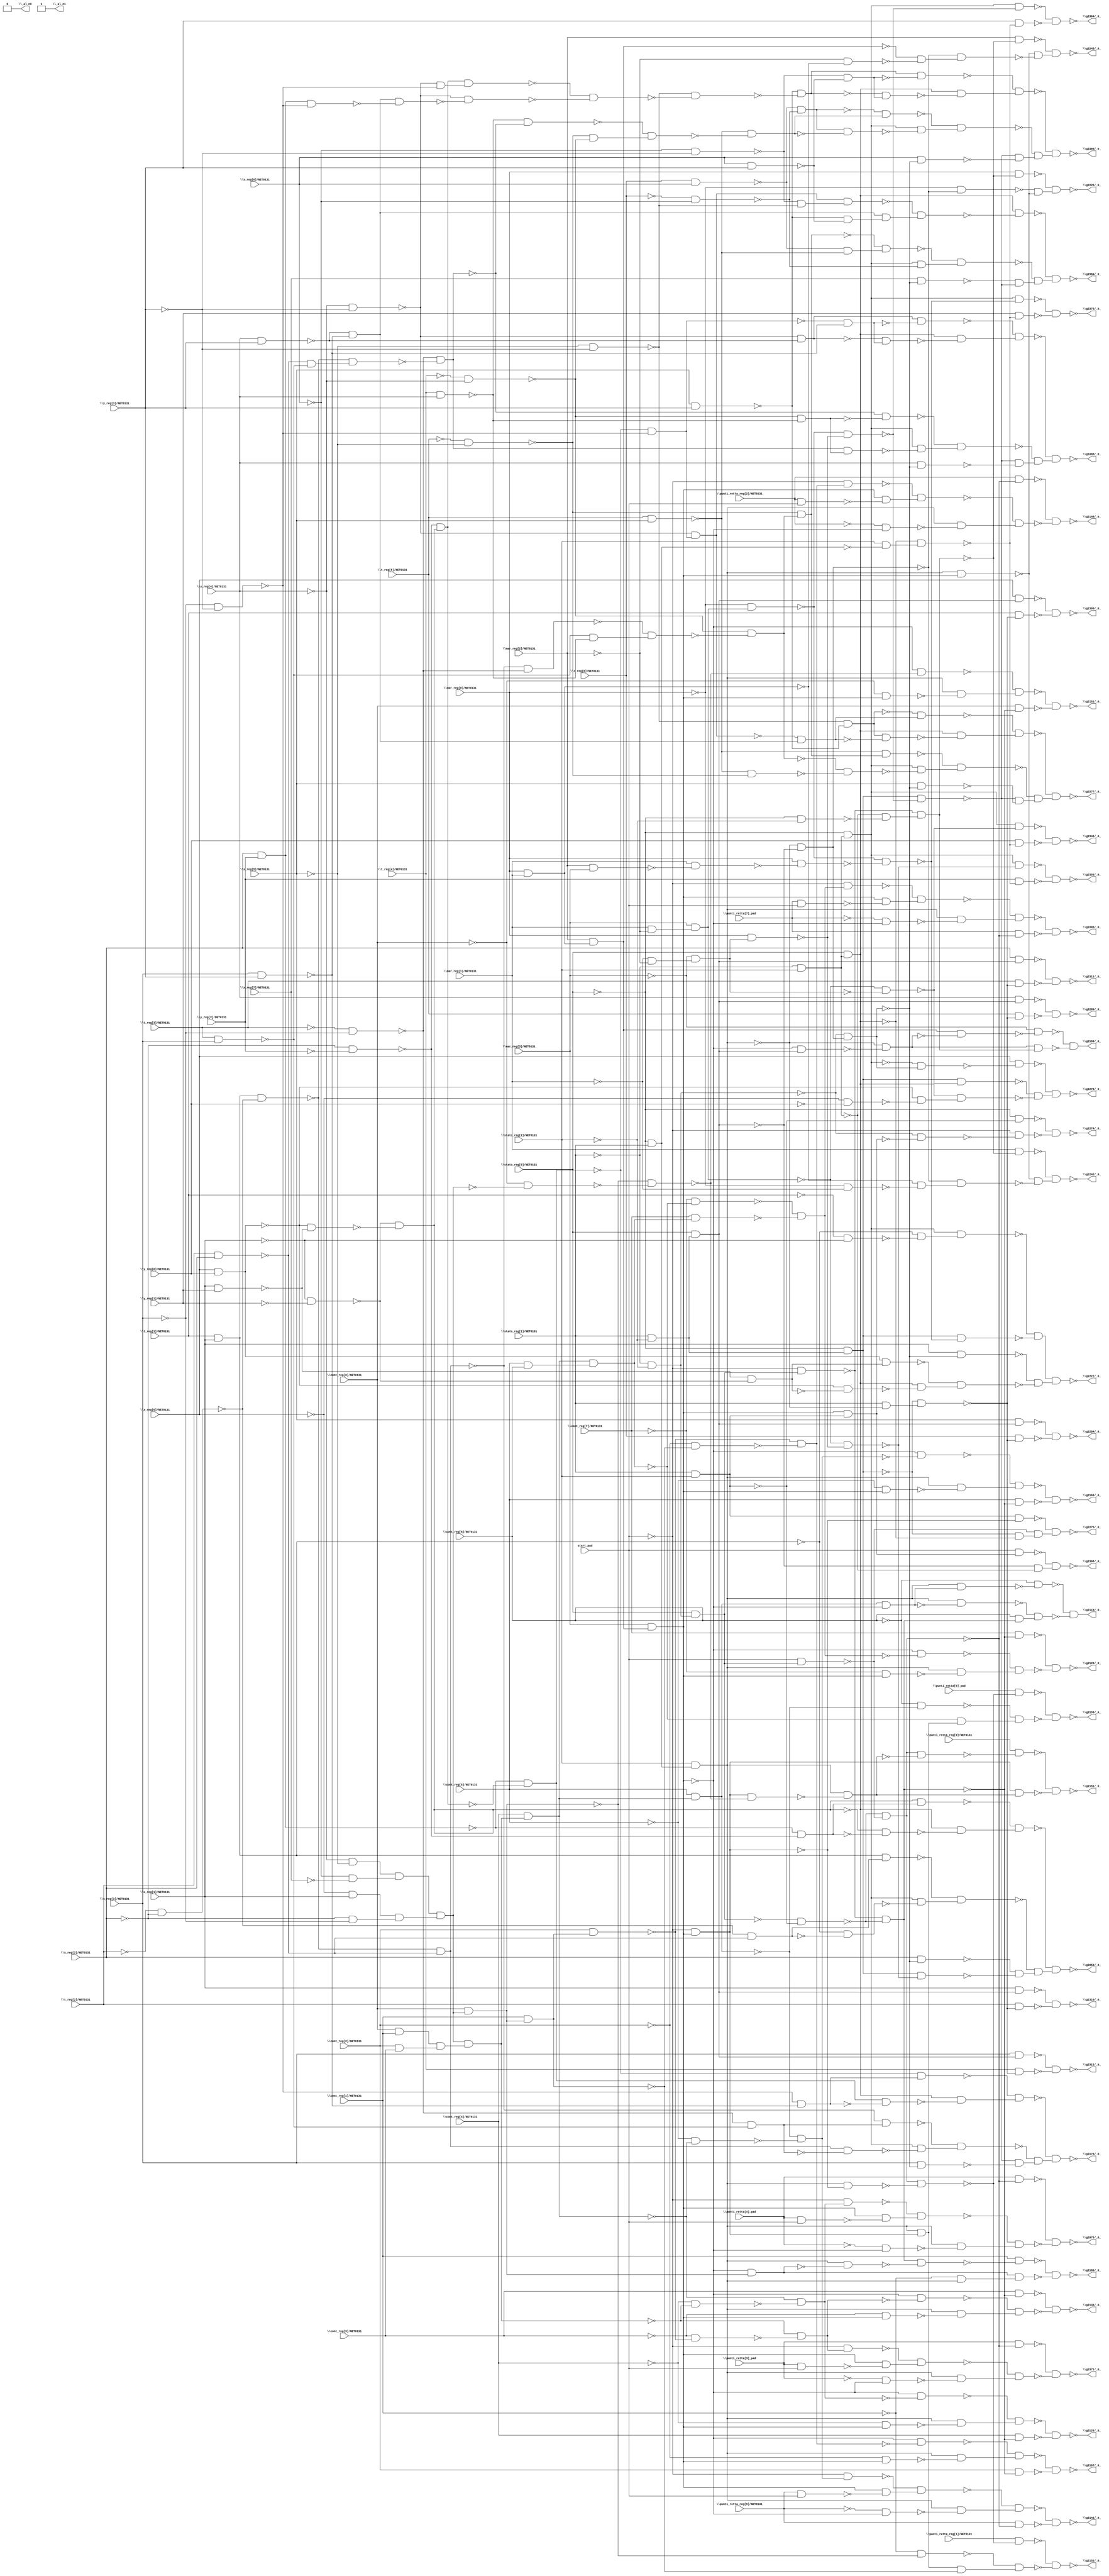
module top( \cont_reg[0]/NET0131  , \cont_reg[1]/NET0131  , \cont_reg[2]/NET0131  , \cont_reg[3]/NET0131  , \cont_reg[4]/NET0131  , \cont_reg[5]/NET0131  , \cont_reg[6]/NET0131  , \cont_reg[7]/NET0131  , \mar_reg[0]/NET0131  , \mar_reg[1]/NET0131  , \mar_reg[2]/NET0131  , \mar_reg[3]/NET0131  , \punti_retta[3]_pad  , \punti_retta[4]_pad  , \punti_retta[6]_pad  , \punti_retta[7]_pad  , \punti_retta_reg[0]/NET0131  , \punti_retta_reg[1]/NET0131  , \punti_retta_reg[2]/NET0131  , \punti_retta_reg[5]/NET0131  , start_pad , \stato_reg[0]/NET0131  , \stato_reg[1]/NET0131  , \stato_reg[2]/NET0131  , \t_reg[1]/NET0131  , \t_reg[2]/NET0131  , \t_reg[3]/NET0131  , \t_reg[4]/NET0131  , \t_reg[5]/NET0131  , \t_reg[6]/NET0131  , \x_reg[0]/NET0131  , \x_reg[1]/NET0131  , \x_reg[2]/NET0131  , \x_reg[3]/NET0131  , \x_reg[4]/NET0131  , \x_reg[5]/NET0131  , \x_reg[6]/NET0131  , \x_reg[7]/NET0131  , \y_reg[0]/NET0131  , \y_reg[1]/NET0131  , \y_reg[2]/NET0131  , \y_reg[3]/NET0131  , \_al_n0  , \_al_n1  , \g2119/_0_  , \g2123/_0_  , \g2129/_0_  , \g2133/_0_  , \g2136/_0_  , \g2140/_0_  , \g2141/_0_  , \g2151/_0_  , \g2152/_0_  , \g2166/_0_  , \g2167/_0_  , \g2180/_0_  , \g2181/_0_  , \g2199/_0_  , \g2225/_0_  , \g2227/_0_  , \g2242/_0_  , \g2243/_0_  , \g2272/_0_  , \g2273/_0_  , \g2274/_0_  , \g2275/_0_  , \g2284/_0_  , \g2289/_0_  , \g2303/_0_  , \g2304/_0_  , \g2308/_0_  , \g2309/_0_  , \g2310/_0_  , \g2311/_0_  , \g2312/_0_  , \g2346/_0_  , \g2973/_0_  , \g2984/_0_  , \g3052/_0_  , \g3176/_0_  , \g3277/_0_  , \g3306/_0_  , \g3366/_0_  , \g3371/_0_  , \g3398/_0_  );
  input \cont_reg[0]/NET0131  ;
  input \cont_reg[1]/NET0131  ;
  input \cont_reg[2]/NET0131  ;
  input \cont_reg[3]/NET0131  ;
  input \cont_reg[4]/NET0131  ;
  input \cont_reg[5]/NET0131  ;
  input \cont_reg[6]/NET0131  ;
  input \cont_reg[7]/NET0131  ;
  input \mar_reg[0]/NET0131  ;
  input \mar_reg[1]/NET0131  ;
  input \mar_reg[2]/NET0131  ;
  input \mar_reg[3]/NET0131  ;
  input \punti_retta[3]_pad  ;
  input \punti_retta[4]_pad  ;
  input \punti_retta[6]_pad  ;
  input \punti_retta[7]_pad  ;
  input \punti_retta_reg[0]/NET0131  ;
  input \punti_retta_reg[1]/NET0131  ;
  input \punti_retta_reg[2]/NET0131  ;
  input \punti_retta_reg[5]/NET0131  ;
  input start_pad ;
  input \stato_reg[0]/NET0131  ;
  input \stato_reg[1]/NET0131  ;
  input \stato_reg[2]/NET0131  ;
  input \t_reg[1]/NET0131  ;
  input \t_reg[2]/NET0131  ;
  input \t_reg[3]/NET0131  ;
  input \t_reg[4]/NET0131  ;
  input \t_reg[5]/NET0131  ;
  input \t_reg[6]/NET0131  ;
  input \x_reg[0]/NET0131  ;
  input \x_reg[1]/NET0131  ;
  input \x_reg[2]/NET0131  ;
  input \x_reg[3]/NET0131  ;
  input \x_reg[4]/NET0131  ;
  input \x_reg[5]/NET0131  ;
  input \x_reg[6]/NET0131  ;
  input \x_reg[7]/NET0131  ;
  input \y_reg[0]/NET0131  ;
  input \y_reg[1]/NET0131  ;
  input \y_reg[2]/NET0131  ;
  input \y_reg[3]/NET0131  ;
  output \_al_n0  ;
  output \_al_n1  ;
  output \g2119/_0_  ;
  output \g2123/_0_  ;
  output \g2129/_0_  ;
  output \g2133/_0_  ;
  output \g2136/_0_  ;
  output \g2140/_0_  ;
  output \g2141/_0_  ;
  output \g2151/_0_  ;
  output \g2152/_0_  ;
  output \g2166/_0_  ;
  output \g2167/_0_  ;
  output \g2180/_0_  ;
  output \g2181/_0_  ;
  output \g2199/_0_  ;
  output \g2225/_0_  ;
  output \g2227/_0_  ;
  output \g2242/_0_  ;
  output \g2243/_0_  ;
  output \g2272/_0_  ;
  output \g2273/_0_  ;
  output \g2274/_0_  ;
  output \g2275/_0_  ;
  output \g2284/_0_  ;
  output \g2289/_0_  ;
  output \g2303/_0_  ;
  output \g2304/_0_  ;
  output \g2308/_0_  ;
  output \g2309/_0_  ;
  output \g2310/_0_  ;
  output \g2311/_0_  ;
  output \g2312/_0_  ;
  output \g2346/_0_  ;
  output \g2973/_0_  ;
  output \g2984/_0_  ;
  output \g3052/_0_  ;
  output \g3176/_0_  ;
  output \g3277/_0_  ;
  output \g3306/_0_  ;
  output \g3366/_0_  ;
  output \g3371/_0_  ;
  output \g3398/_0_  ;
  wire n43 , n44 , n45 , n46 , n47 , n48 , n49 , n50 , n51 , n52 , n53 , n54 , n55 , n56 , n57 , n58 , n59 , n60 , n61 , n62 , n63 , n64 , n65 , n66 , n67 , n68 , n69 , n70 , n71 , n72 , n73 , n74 , n75 , n76 , n77 , n78 , n79 , n80 , n81 , n82 , n83 , n84 , n85 , n86 , n87 , n88 , n89 , n90 , n91 , n92 , n93 , n94 , n95 , n96 , n97 , n98 , n99 , n100 , n101 , n102 , n103 , n104 , n105 , n106 , n107 , n108 , n109 , n110 , n111 , n112 , n113 , n114 , n115 , n116 , n117 , n118 , n119 , n120 , n121 , n122 , n123 , n124 , n125 , n126 , n127 , n128 , n129 , n130 , n131 , n132 , n133 , n134 , n135 , n136 , n137 , n138 , n139 , n140 , n141 , n142 , n143 , n144 , n145 , n146 , n147 , n148 , n149 , n150 , n151 , n152 , n153 , n154 , n155 , n156 , n157 , n158 , n159 , n160 , n161 , n162 , n163 , n164 , n165 , n166 , n167 , n168 , n169 , n170 , n171 , n172 , n173 , n174 , n175 , n176 , n177 , n178 , n179 , n180 , n181 , n182 , n183 , n184 , n185 , n186 , n187 , n188 , n189 , n190 , n191 , n192 , n193 , n194 , n195 , n196 , n197 , n198 , n199 , n200 , n201 , n202 , n203 , n204 , n205 , n206 , n207 , n208 , n209 , n210 , n211 , n212 , n213 , n214 , n215 , n216 , n217 , n218 , n219 , n220 , n221 , n222 , n223 , n224 , n225 , n226 , n227 , n228 , n229 , n230 , n231 , n232 , n233 , n234 , n235 , n236 , n237 , n238 , n239 , n240 , n241 , n242 , n243 , n244 , n245 , n246 , n247 , n248 , n249 , n250 , n251 , n252 , n253 , n254 , n255 , n256 , n257 , n258 , n259 , n260 , n261 , n262 , n263 , n264 , n265 , n266 , n267 , n268 , n269 , n270 , n271 , n272 , n273 , n274 , n275 , n276 , n277 , n278 , n279 , n280 , n281 , n282 , n283 , n284 , n285 , n286 , n287 , n288 , n289 , n290 , n291 , n292 , n293 , n294 , n295 , n296 , n297 , n298 , n299 , n300 , n301 , n302 , n303 , n304 , n305 , n306 , n307 , n308 , n309 , n310 , n311 , n312 , n313 , n314 , n315 , n316 , n317 , n318 , n319 , n320 , n321 , n322 , n323 , n324 , n325 , n326 , n327 , n328 , n329 , n330 , n331 , n332 , n333 , n334 , n335 , n336 , n337 , n338 , n339 , n340 , n341 , n342 , n343 , n344 , n345 , n346 , n347 , n348 , n349 , n350 , n351 , n352 , n353 , n354 , n355 , n356 , n357 , n358 , n359 , n360 , n361 , n362 , n363 , n364 , n365 , n366 , n367 , n368 , n369 , n370 , n371 , n372 , n373 , n374 , n375 , n376 , n377 , n378 , n379 , n380 , n381 , n382 , n383 , n384 , n385 , n386 , n387 , n388 , n389 , n390 , n391 , n392 , n393 , n394 , n395 , n396 , n397 , n398 , n399 , n400 , n401 , n402 , n403 , n404 , n405 , n406 , n407 , n408 , n409 , n410 , n411 , n412 , n413 , n414 , n415 , n416 , n417 , n418 , n419 , n420 , n421 , n422 , n423 , n424 , n425 , n426 , n427 , n428 , n429 , n430 , n431 , n432 , n433 , n434 , n435 , n436 , n437 , n438 , n439 , n440 , n441 , n442 , n443 , n444 , n445 , n446 , n447 , n448 , n449 , n450 , n451 , n452 , n453 , n454 , n455 , n456 ;
  assign n43 = ~\stato_reg[0]/NET0131  & \stato_reg[1]/NET0131  ;
  assign n44 = \stato_reg[2]/NET0131  & n43 ;
  assign n47 = ~\x_reg[4]/NET0131  & ~\x_reg[5]/NET0131  ;
  assign n48 = ~\x_reg[6]/NET0131  & ~\x_reg[7]/NET0131  ;
  assign n49 = n47 & n48 ;
  assign n45 = ~\x_reg[0]/NET0131  & \x_reg[1]/NET0131  ;
  assign n46 = ~\x_reg[2]/NET0131  & ~\x_reg[3]/NET0131  ;
  assign n50 = n45 & n46 ;
  assign n51 = n49 & n50 ;
  assign n52 = \cont_reg[0]/NET0131  & \cont_reg[1]/NET0131  ;
  assign n53 = \cont_reg[2]/NET0131  & \cont_reg[3]/NET0131  ;
  assign n54 = n52 & n53 ;
  assign n55 = n51 & n54 ;
  assign n56 = \cont_reg[4]/NET0131  & n55 ;
  assign n57 = \cont_reg[5]/NET0131  & n56 ;
  assign n58 = \mar_reg[0]/NET0131  & \mar_reg[1]/NET0131  ;
  assign n59 = \mar_reg[2]/NET0131  & n58 ;
  assign n60 = \mar_reg[3]/NET0131  & n59 ;
  assign n61 = n57 & ~n60 ;
  assign n62 = n44 & n61 ;
  assign n63 = ~\cont_reg[6]/NET0131  & ~n62 ;
  assign n64 = n44 & ~n61 ;
  assign n65 = ~\stato_reg[1]/NET0131  & ~\stato_reg[2]/NET0131  ;
  assign n66 = \stato_reg[0]/NET0131  & n65 ;
  assign n67 = ~start_pad & n66 ;
  assign n68 = \stato_reg[1]/NET0131  & \stato_reg[2]/NET0131  ;
  assign n69 = ~n66 & ~n68 ;
  assign n70 = ~n67 & ~n69 ;
  assign n71 = \cont_reg[6]/NET0131  & n70 ;
  assign n72 = ~n64 & n71 ;
  assign n73 = ~n63 & ~n72 ;
  assign n74 = ~\cont_reg[4]/NET0131  & ~n55 ;
  assign n75 = ~n56 & ~n74 ;
  assign n76 = ~n60 & ~n75 ;
  assign n77 = ~\cont_reg[4]/NET0131  & n60 ;
  assign n78 = n44 & ~n77 ;
  assign n79 = ~n76 & n78 ;
  assign n80 = \cont_reg[4]/NET0131  & ~n70 ;
  assign n81 = ~n79 & ~n80 ;
  assign n82 = \cont_reg[7]/NET0131  & ~n70 ;
  assign n84 = \cont_reg[5]/NET0131  & \cont_reg[6]/NET0131  ;
  assign n85 = n56 & n84 ;
  assign n86 = ~\cont_reg[7]/NET0131  & ~n85 ;
  assign n87 = \cont_reg[7]/NET0131  & n85 ;
  assign n88 = ~n86 & ~n87 ;
  assign n89 = ~n60 & ~n88 ;
  assign n83 = ~\cont_reg[7]/NET0131  & n60 ;
  assign n90 = n44 & ~n83 ;
  assign n91 = ~n89 & n90 ;
  assign n92 = ~n82 & ~n91 ;
  assign n93 = start_pad & n66 ;
  assign n94 = ~n69 & ~n93 ;
  assign n95 = ~start_pad & n60 ;
  assign n96 = n44 & ~n95 ;
  assign n97 = n94 & ~n96 ;
  assign n98 = \punti_retta[6]_pad  & ~n97 ;
  assign n99 = ~\cont_reg[6]/NET0131  & ~n57 ;
  assign n100 = n44 & n95 ;
  assign n101 = ~n85 & n100 ;
  assign n102 = ~n99 & n101 ;
  assign n103 = ~n98 & ~n102 ;
  assign n104 = \cont_reg[3]/NET0131  & ~n70 ;
  assign n106 = \cont_reg[0]/NET0131  & n51 ;
  assign n107 = \cont_reg[1]/NET0131  & n106 ;
  assign n108 = \cont_reg[2]/NET0131  & n107 ;
  assign n109 = ~\cont_reg[3]/NET0131  & ~n108 ;
  assign n110 = ~n55 & ~n109 ;
  assign n111 = ~n60 & ~n110 ;
  assign n105 = ~\cont_reg[3]/NET0131  & n60 ;
  assign n112 = n44 & ~n105 ;
  assign n113 = ~n111 & n112 ;
  assign n114 = ~n104 & ~n113 ;
  assign n115 = \punti_retta_reg[2]/NET0131  & ~n94 ;
  assign n118 = ~\cont_reg[2]/NET0131  & ~n107 ;
  assign n119 = ~n108 & ~n118 ;
  assign n120 = ~start_pad & n119 ;
  assign n117 = \punti_retta_reg[2]/NET0131  & start_pad ;
  assign n121 = n60 & ~n117 ;
  assign n122 = ~n120 & n121 ;
  assign n116 = ~\punti_retta_reg[2]/NET0131  & ~n60 ;
  assign n123 = n44 & ~n116 ;
  assign n124 = ~n122 & n123 ;
  assign n125 = ~n115 & ~n124 ;
  assign n128 = ~\cont_reg[5]/NET0131  & ~n56 ;
  assign n129 = ~n57 & ~n128 ;
  assign n130 = ~start_pad & n129 ;
  assign n127 = \punti_retta_reg[5]/NET0131  & start_pad ;
  assign n131 = n60 & ~n127 ;
  assign n132 = ~n130 & n131 ;
  assign n126 = ~\punti_retta_reg[5]/NET0131  & ~n60 ;
  assign n133 = n44 & ~n126 ;
  assign n134 = ~n132 & n133 ;
  assign n135 = \punti_retta_reg[5]/NET0131  & ~n94 ;
  assign n136 = ~n134 & ~n135 ;
  assign n137 = ~\cont_reg[0]/NET0131  & ~n51 ;
  assign n138 = ~n106 & ~n137 ;
  assign n139 = n95 & ~n138 ;
  assign n140 = n44 & ~n139 ;
  assign n141 = n94 & ~n140 ;
  assign n142 = \punti_retta_reg[0]/NET0131  & ~n141 ;
  assign n143 = n95 & n140 ;
  assign n144 = ~n142 & ~n143 ;
  assign n145 = \punti_retta_reg[1]/NET0131  & ~n97 ;
  assign n146 = ~\cont_reg[1]/NET0131  & ~n106 ;
  assign n147 = n100 & ~n107 ;
  assign n148 = ~n146 & n147 ;
  assign n149 = ~n145 & ~n148 ;
  assign n150 = ~n60 & ~n129 ;
  assign n151 = ~\cont_reg[5]/NET0131  & n60 ;
  assign n152 = n44 & ~n151 ;
  assign n153 = ~n150 & n152 ;
  assign n154 = \cont_reg[5]/NET0131  & ~n70 ;
  assign n155 = ~n153 & ~n154 ;
  assign n156 = ~n60 & ~n119 ;
  assign n157 = ~\cont_reg[2]/NET0131  & n60 ;
  assign n158 = n44 & ~n157 ;
  assign n159 = ~n156 & n158 ;
  assign n160 = \cont_reg[2]/NET0131  & ~n70 ;
  assign n161 = ~n159 & ~n160 ;
  assign n162 = ~n60 & n106 ;
  assign n163 = n44 & ~n162 ;
  assign n164 = n70 & ~n163 ;
  assign n165 = \cont_reg[1]/NET0131  & ~n164 ;
  assign n166 = ~\cont_reg[1]/NET0131  & n44 ;
  assign n167 = n162 & n166 ;
  assign n168 = ~n165 & ~n167 ;
  assign n169 = ~n60 & ~n138 ;
  assign n170 = ~\cont_reg[0]/NET0131  & n60 ;
  assign n171 = n44 & ~n170 ;
  assign n172 = ~n169 & n171 ;
  assign n173 = \cont_reg[0]/NET0131  & ~n70 ;
  assign n174 = ~n172 & ~n173 ;
  assign n175 = \stato_reg[1]/NET0131  & ~\stato_reg[2]/NET0131  ;
  assign n176 = \stato_reg[0]/NET0131  & n175 ;
  assign n177 = ~n60 & n176 ;
  assign n178 = ~n44 & ~n177 ;
  assign n179 = n59 & ~n178 ;
  assign n180 = ~\mar_reg[3]/NET0131  & ~n179 ;
  assign n181 = ~\stato_reg[1]/NET0131  & \stato_reg[2]/NET0131  ;
  assign n182 = ~\stato_reg[0]/NET0131  & ~\stato_reg[2]/NET0131  ;
  assign n183 = ~n181 & ~n182 ;
  assign n184 = ~n67 & n183 ;
  assign n185 = n178 & n184 ;
  assign n186 = ~n180 & ~n185 ;
  assign n190 = \mar_reg[0]/NET0131  & ~n184 ;
  assign n187 = ~n44 & ~n176 ;
  assign n188 = ~\mar_reg[0]/NET0131  & ~n187 ;
  assign n189 = n44 & n60 ;
  assign n191 = ~n188 & ~n189 ;
  assign n192 = ~n190 & n191 ;
  assign n193 = ~\stato_reg[0]/NET0131  & n181 ;
  assign n194 = \t_reg[1]/NET0131  & \x_reg[1]/NET0131  ;
  assign n195 = ~\t_reg[1]/NET0131  & ~\x_reg[1]/NET0131  ;
  assign n196 = ~n194 & ~n195 ;
  assign n197 = n193 & n196 ;
  assign n198 = ~\stato_reg[0]/NET0131  & n175 ;
  assign n199 = \mar_reg[1]/NET0131  & ~\mar_reg[2]/NET0131  ;
  assign n200 = \mar_reg[3]/NET0131  & n199 ;
  assign n201 = ~\mar_reg[0]/NET0131  & n200 ;
  assign n202 = \mar_reg[2]/NET0131  & \mar_reg[3]/NET0131  ;
  assign n203 = \mar_reg[1]/NET0131  & ~n202 ;
  assign n204 = \mar_reg[0]/NET0131  & ~n203 ;
  assign n205 = ~n201 & ~n204 ;
  assign n206 = n198 & ~n205 ;
  assign n218 = ~n197 & ~n206 ;
  assign n207 = ~n65 & n187 ;
  assign n208 = \x_reg[1]/NET0131  & ~n207 ;
  assign n210 = \x_reg[0]/NET0131  & \y_reg[0]/NET0131  ;
  assign n211 = \x_reg[1]/NET0131  & \y_reg[1]/NET0131  ;
  assign n212 = ~\x_reg[1]/NET0131  & ~\y_reg[1]/NET0131  ;
  assign n213 = ~n211 & ~n212 ;
  assign n215 = n210 & n213 ;
  assign n209 = \stato_reg[0]/NET0131  & n181 ;
  assign n214 = ~n210 & ~n213 ;
  assign n216 = n209 & ~n214 ;
  assign n217 = ~n215 & n216 ;
  assign n219 = ~n208 & ~n217 ;
  assign n220 = n218 & n219 ;
  assign n224 = \mar_reg[1]/NET0131  & ~n184 ;
  assign n221 = ~\mar_reg[0]/NET0131  & ~\mar_reg[1]/NET0131  ;
  assign n222 = ~n58 & ~n221 ;
  assign n223 = ~n187 & n222 ;
  assign n225 = ~n189 & ~n223 ;
  assign n226 = ~n224 & n225 ;
  assign n230 = \mar_reg[2]/NET0131  & ~n184 ;
  assign n227 = ~\mar_reg[2]/NET0131  & ~n58 ;
  assign n228 = ~n59 & ~n227 ;
  assign n229 = ~n187 & n228 ;
  assign n231 = ~n189 & ~n229 ;
  assign n232 = ~n230 & n231 ;
  assign n237 = ~n193 & n207 ;
  assign n238 = \x_reg[0]/NET0131  & ~n237 ;
  assign n233 = ~\mar_reg[1]/NET0131  & ~\mar_reg[2]/NET0131  ;
  assign n234 = ~\mar_reg[3]/NET0131  & n233 ;
  assign n235 = ~n200 & ~n234 ;
  assign n236 = n198 & ~n235 ;
  assign n239 = ~\x_reg[0]/NET0131  & ~\y_reg[0]/NET0131  ;
  assign n240 = ~n210 & ~n239 ;
  assign n241 = n209 & n240 ;
  assign n242 = ~n236 & ~n241 ;
  assign n243 = ~n238 & n242 ;
  assign n244 = n193 & ~n205 ;
  assign n245 = \stato_reg[2]/NET0131  & ~n43 ;
  assign n246 = ~n209 & n245 ;
  assign n247 = \y_reg[1]/NET0131  & ~n246 ;
  assign n248 = ~n244 & ~n247 ;
  assign n249 = ~\stato_reg[0]/NET0131  & ~n68 ;
  assign n250 = n60 & n68 ;
  assign n251 = ~n65 & ~n250 ;
  assign n252 = ~start_pad & ~n251 ;
  assign n253 = ~n249 & ~n252 ;
  assign n254 = n68 & ~n95 ;
  assign n255 = ~n198 & ~n209 ;
  assign n256 = ~n93 & n255 ;
  assign n257 = ~n254 & n256 ;
  assign n258 = \x_reg[5]/NET0131  & n176 ;
  assign n259 = \stato_reg[1]/NET0131  & ~n44 ;
  assign n260 = ~n198 & n259 ;
  assign n261 = \t_reg[6]/NET0131  & ~n260 ;
  assign n262 = ~n258 & ~n261 ;
  assign n263 = \x_reg[4]/NET0131  & n176 ;
  assign n264 = \t_reg[5]/NET0131  & ~n260 ;
  assign n265 = ~n263 & ~n264 ;
  assign n266 = \mar_reg[0]/NET0131  & n234 ;
  assign n267 = ~n200 & ~n266 ;
  assign n268 = n193 & ~n267 ;
  assign n269 = \y_reg[2]/NET0131  & ~n246 ;
  assign n270 = ~n268 & ~n269 ;
  assign n271 = ~n201 & ~n266 ;
  assign n272 = n193 & ~n271 ;
  assign n273 = \y_reg[3]/NET0131  & ~n246 ;
  assign n274 = ~n272 & ~n273 ;
  assign n275 = start_pad & n250 ;
  assign n276 = ~n176 & ~n181 ;
  assign n277 = ~n275 & n276 ;
  assign n278 = \x_reg[0]/NET0131  & n176 ;
  assign n279 = \t_reg[1]/NET0131  & ~n260 ;
  assign n280 = ~n278 & ~n279 ;
  assign n281 = \x_reg[1]/NET0131  & n176 ;
  assign n282 = \t_reg[2]/NET0131  & ~n260 ;
  assign n283 = ~n281 & ~n282 ;
  assign n284 = \x_reg[2]/NET0131  & n176 ;
  assign n285 = \t_reg[3]/NET0131  & ~n260 ;
  assign n286 = ~n284 & ~n285 ;
  assign n287 = \x_reg[3]/NET0131  & n176 ;
  assign n288 = \t_reg[4]/NET0131  & ~n260 ;
  assign n289 = ~n287 & ~n288 ;
  assign n290 = n193 & ~n235 ;
  assign n291 = \y_reg[0]/NET0131  & ~n246 ;
  assign n292 = ~n290 & ~n291 ;
  assign n293 = \punti_retta[4]_pad  & ~n94 ;
  assign n296 = ~start_pad & n75 ;
  assign n295 = \punti_retta[4]_pad  & start_pad ;
  assign n297 = n60 & ~n295 ;
  assign n298 = ~n296 & n297 ;
  assign n294 = ~\punti_retta[4]_pad  & ~n60 ;
  assign n299 = n44 & ~n294 ;
  assign n300 = ~n298 & n299 ;
  assign n301 = ~n293 & ~n300 ;
  assign n304 = ~\x_reg[4]/NET0131  & ~\y_reg[3]/NET0131  ;
  assign n305 = \x_reg[2]/NET0131  & \y_reg[2]/NET0131  ;
  assign n306 = ~\x_reg[2]/NET0131  & ~\y_reg[2]/NET0131  ;
  assign n307 = ~n210 & ~n211 ;
  assign n308 = ~n212 & ~n307 ;
  assign n309 = ~n306 & n308 ;
  assign n310 = ~n305 & ~n309 ;
  assign n311 = ~\x_reg[3]/NET0131  & ~\y_reg[3]/NET0131  ;
  assign n312 = ~n310 & ~n311 ;
  assign n313 = ~n304 & n312 ;
  assign n302 = ~\x_reg[6]/NET0131  & ~\y_reg[3]/NET0131  ;
  assign n303 = ~\x_reg[5]/NET0131  & ~\y_reg[3]/NET0131  ;
  assign n314 = ~n302 & ~n303 ;
  assign n315 = n313 & n314 ;
  assign n317 = \x_reg[4]/NET0131  & \y_reg[3]/NET0131  ;
  assign n318 = \x_reg[3]/NET0131  & \y_reg[3]/NET0131  ;
  assign n319 = ~n317 & ~n318 ;
  assign n316 = \x_reg[5]/NET0131  & \y_reg[3]/NET0131  ;
  assign n320 = \x_reg[6]/NET0131  & \y_reg[3]/NET0131  ;
  assign n321 = ~n316 & ~n320 ;
  assign n322 = n319 & n321 ;
  assign n323 = ~n315 & n322 ;
  assign n324 = n209 & ~n323 ;
  assign n327 = ~\t_reg[5]/NET0131  & ~\x_reg[5]/NET0131  ;
  assign n328 = ~\t_reg[4]/NET0131  & ~\x_reg[4]/NET0131  ;
  assign n329 = ~\t_reg[2]/NET0131  & ~\x_reg[2]/NET0131  ;
  assign n330 = n194 & ~n329 ;
  assign n331 = \t_reg[2]/NET0131  & \x_reg[2]/NET0131  ;
  assign n332 = ~n330 & ~n331 ;
  assign n333 = ~\t_reg[3]/NET0131  & ~\x_reg[3]/NET0131  ;
  assign n334 = ~n332 & ~n333 ;
  assign n335 = \t_reg[3]/NET0131  & \x_reg[3]/NET0131  ;
  assign n336 = \t_reg[4]/NET0131  & \x_reg[4]/NET0131  ;
  assign n337 = ~n335 & ~n336 ;
  assign n338 = ~n334 & n337 ;
  assign n339 = ~n328 & ~n338 ;
  assign n340 = ~n327 & n339 ;
  assign n325 = \t_reg[6]/NET0131  & \x_reg[6]/NET0131  ;
  assign n326 = \t_reg[5]/NET0131  & \x_reg[5]/NET0131  ;
  assign n341 = ~n325 & ~n326 ;
  assign n342 = ~n340 & n341 ;
  assign n343 = ~\t_reg[6]/NET0131  & ~\x_reg[6]/NET0131  ;
  assign n344 = n193 & ~n343 ;
  assign n345 = ~n342 & n344 ;
  assign n346 = \x_reg[7]/NET0131  & ~n207 ;
  assign n347 = n198 & ~n271 ;
  assign n348 = ~n346 & ~n347 ;
  assign n349 = ~n345 & n348 ;
  assign n350 = ~n324 & n349 ;
  assign n358 = ~n305 & ~n306 ;
  assign n360 = n308 & n358 ;
  assign n359 = ~n308 & ~n358 ;
  assign n361 = n209 & ~n359 ;
  assign n362 = ~n360 & n361 ;
  assign n353 = ~n329 & ~n331 ;
  assign n355 = n194 & n353 ;
  assign n354 = ~n194 & ~n353 ;
  assign n356 = n193 & ~n354 ;
  assign n357 = ~n355 & n356 ;
  assign n351 = \x_reg[2]/NET0131  & ~n207 ;
  assign n352 = n198 & ~n267 ;
  assign n363 = ~n351 & ~n352 ;
  assign n364 = ~n357 & n363 ;
  assign n365 = ~n362 & n364 ;
  assign n372 = ~n311 & ~n318 ;
  assign n374 = ~n310 & n372 ;
  assign n373 = n310 & ~n372 ;
  assign n375 = n209 & ~n373 ;
  assign n376 = ~n374 & n375 ;
  assign n367 = ~n333 & ~n335 ;
  assign n369 = ~n332 & n367 ;
  assign n368 = n332 & ~n367 ;
  assign n370 = n193 & ~n368 ;
  assign n371 = ~n369 & n370 ;
  assign n366 = \x_reg[3]/NET0131  & ~n207 ;
  assign n377 = ~n347 & ~n366 ;
  assign n378 = ~n371 & n377 ;
  assign n379 = ~n376 & n378 ;
  assign n380 = ~n303 & ~n316 ;
  assign n381 = ~n313 & n319 ;
  assign n383 = ~n380 & n381 ;
  assign n382 = n380 & ~n381 ;
  assign n384 = n209 & ~n382 ;
  assign n385 = ~n383 & n384 ;
  assign n389 = ~n326 & n340 ;
  assign n387 = ~n326 & ~n327 ;
  assign n388 = ~n339 & ~n387 ;
  assign n390 = n193 & ~n388 ;
  assign n391 = ~n389 & n390 ;
  assign n386 = \x_reg[5]/NET0131  & ~n207 ;
  assign n392 = ~n347 & ~n386 ;
  assign n393 = ~n391 & n392 ;
  assign n394 = ~n385 & n393 ;
  assign n395 = ~start_pad & n88 ;
  assign n396 = \punti_retta[7]_pad  & start_pad ;
  assign n397 = n60 & ~n396 ;
  assign n398 = ~n395 & n397 ;
  assign n399 = ~\punti_retta[7]_pad  & ~n60 ;
  assign n400 = n44 & ~n399 ;
  assign n401 = ~n398 & n400 ;
  assign n402 = \punti_retta[7]_pad  & ~n94 ;
  assign n403 = ~n401 & ~n402 ;
  assign n417 = ~n304 & ~n311 ;
  assign n418 = n309 & n417 ;
  assign n419 = n305 & ~n311 ;
  assign n420 = n319 & ~n419 ;
  assign n421 = ~n304 & ~n420 ;
  assign n422 = ~n418 & ~n421 ;
  assign n423 = ~n303 & ~n422 ;
  assign n424 = ~n316 & ~n423 ;
  assign n425 = ~n302 & ~n320 ;
  assign n427 = n424 & ~n425 ;
  assign n426 = ~n424 & n425 ;
  assign n428 = n209 & ~n426 ;
  assign n429 = ~n427 & n428 ;
  assign n405 = ~n325 & ~n343 ;
  assign n406 = ~n331 & ~n335 ;
  assign n407 = ~n330 & n406 ;
  assign n408 = ~n333 & ~n407 ;
  assign n409 = ~n336 & ~n408 ;
  assign n410 = ~n327 & ~n328 ;
  assign n411 = ~n409 & n410 ;
  assign n412 = ~n326 & ~n411 ;
  assign n414 = ~n405 & n412 ;
  assign n413 = n405 & ~n412 ;
  assign n415 = n193 & ~n413 ;
  assign n416 = ~n414 & n415 ;
  assign n404 = \x_reg[6]/NET0131  & ~n207 ;
  assign n430 = ~n347 & ~n404 ;
  assign n431 = ~n416 & n430 ;
  assign n432 = ~n429 & n431 ;
  assign n433 = \punti_retta[3]_pad  & ~n94 ;
  assign n434 = ~start_pad & n110 ;
  assign n435 = \punti_retta[3]_pad  & start_pad ;
  assign n436 = n60 & ~n435 ;
  assign n437 = ~n434 & n436 ;
  assign n438 = ~\punti_retta[3]_pad  & ~n60 ;
  assign n439 = n44 & ~n438 ;
  assign n440 = ~n437 & n439 ;
  assign n441 = ~n433 & ~n440 ;
  assign n443 = ~n304 & ~n317 ;
  assign n444 = ~n312 & ~n318 ;
  assign n446 = n443 & ~n444 ;
  assign n445 = ~n443 & n444 ;
  assign n447 = n209 & ~n445 ;
  assign n448 = ~n446 & n447 ;
  assign n449 = ~n328 & ~n336 ;
  assign n451 = ~n408 & ~n449 ;
  assign n450 = n408 & n449 ;
  assign n452 = n193 & ~n450 ;
  assign n453 = ~n451 & n452 ;
  assign n442 = \x_reg[4]/NET0131  & ~n207 ;
  assign n454 = ~n347 & ~n442 ;
  assign n455 = ~n453 & n454 ;
  assign n456 = ~n448 & n455 ;
  assign \_al_n0  = 1'b0 ;
  assign \_al_n1  = ~1'b0 ;
  assign \g2119/_0_  = n73 ;
  assign \g2123/_0_  = ~n81 ;
  assign \g2129/_0_  = ~n92 ;
  assign \g2133/_0_  = ~n103 ;
  assign \g2136/_0_  = ~n114 ;
  assign \g2140/_0_  = ~n125 ;
  assign \g2141/_0_  = ~n136 ;
  assign \g2151/_0_  = ~n144 ;
  assign \g2152/_0_  = ~n149 ;
  assign \g2166/_0_  = ~n155 ;
  assign \g2167/_0_  = ~n161 ;
  assign \g2180/_0_  = ~n168 ;
  assign \g2181/_0_  = ~n174 ;
  assign \g2199/_0_  = n186 ;
  assign \g2225/_0_  = ~n192 ;
  assign \g2227/_0_  = ~n220 ;
  assign \g2242/_0_  = ~n226 ;
  assign \g2243/_0_  = ~n232 ;
  assign \g2272/_0_  = ~n243 ;
  assign \g2273/_0_  = ~n248 ;
  assign \g2274/_0_  = ~n253 ;
  assign \g2275/_0_  = ~n257 ;
  assign \g2284/_0_  = ~n262 ;
  assign \g2289/_0_  = ~n265 ;
  assign \g2303/_0_  = ~n270 ;
  assign \g2304/_0_  = ~n274 ;
  assign \g2308/_0_  = ~n277 ;
  assign \g2309/_0_  = ~n280 ;
  assign \g2310/_0_  = ~n283 ;
  assign \g2311/_0_  = ~n286 ;
  assign \g2312/_0_  = ~n289 ;
  assign \g2346/_0_  = ~n292 ;
  assign \g2973/_0_  = ~n301 ;
  assign \g2984/_0_  = ~n350 ;
  assign \g3052/_0_  = ~n365 ;
  assign \g3176/_0_  = ~n379 ;
  assign \g3277/_0_  = ~n394 ;
  assign \g3306/_0_  = ~n403 ;
  assign \g3366/_0_  = ~n432 ;
  assign \g3371/_0_  = ~n441 ;
  assign \g3398/_0_  = ~n456 ;
endmodule